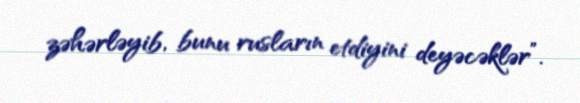
zəhərləyib, bunu rusların etdiyini deyəcəklər”.